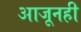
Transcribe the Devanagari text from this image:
आजूनही